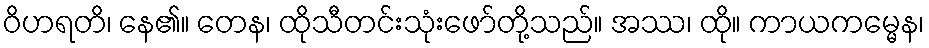
ဝိဟရတိ၊ နေ၏။ တေန၊ ထိုသီတင်းသုံးဖော်တို့သည်။ အဿ၊ ထို။ ကာယကမ္မေန၊